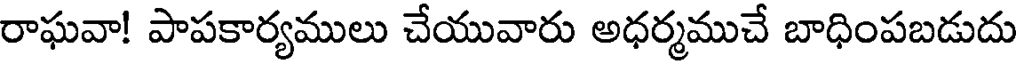
రాఘవా! పాపకార్యములు చేయువారు అధర్మముచే బాధింపబడుదు